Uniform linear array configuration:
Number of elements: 16
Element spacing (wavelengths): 0.75
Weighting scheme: hann
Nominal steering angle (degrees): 15
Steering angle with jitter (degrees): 13.804
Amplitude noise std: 0.05
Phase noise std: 0.05

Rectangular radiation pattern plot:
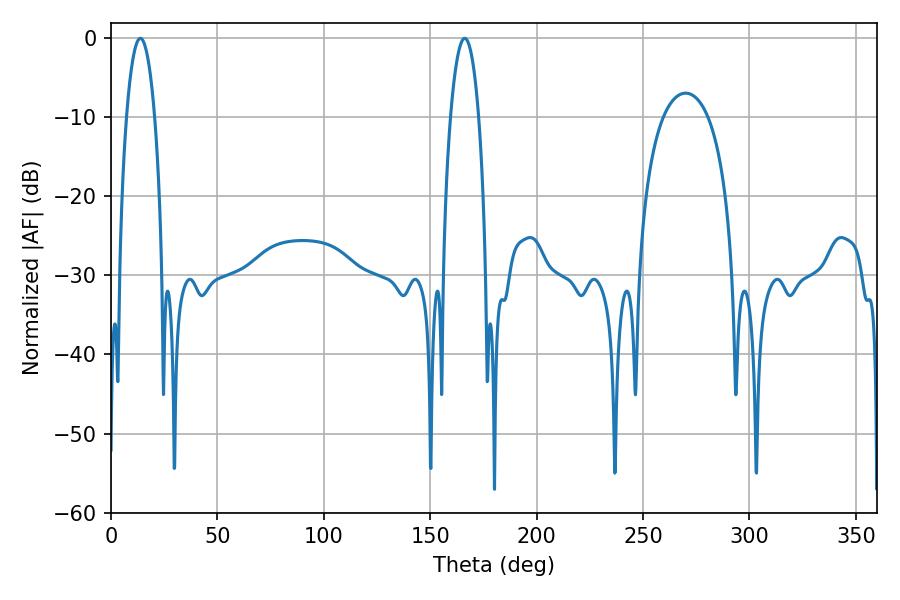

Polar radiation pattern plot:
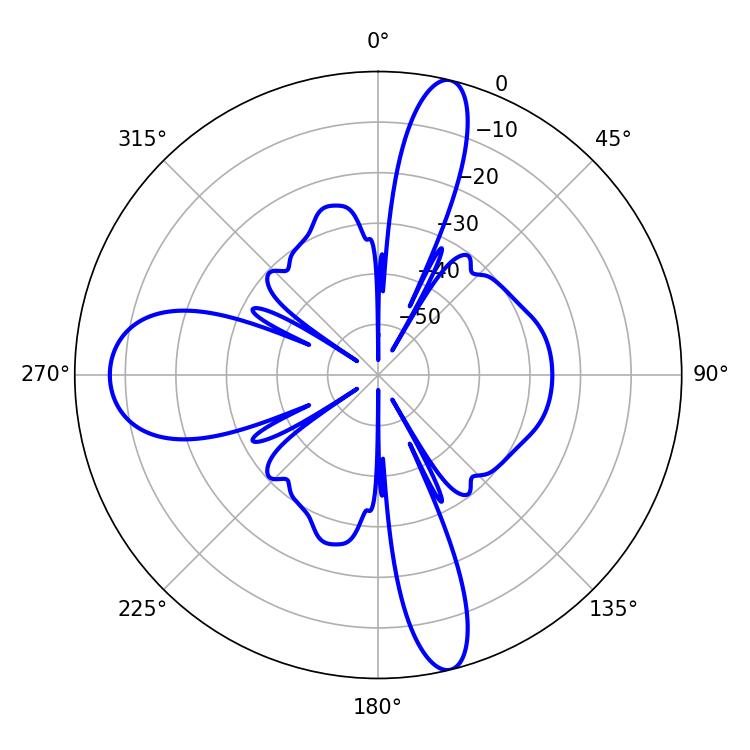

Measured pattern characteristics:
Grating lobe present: TRUE
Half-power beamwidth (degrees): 7.38
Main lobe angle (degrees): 13.86